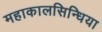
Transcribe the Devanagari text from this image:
महाकालसिन्धिया